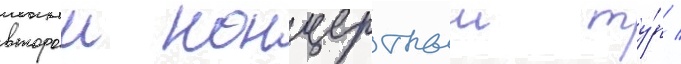
второи концертныи ту́р /